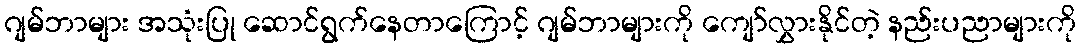
ဂျမ်ဘာများ အသုံးပြု ဆောင်ရွက်နေတာကြောင့် ဂျမ်ဘာများကို ကျော်လွှားနိုင်တဲ့ နည်းပညာများကို